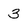
Character: 3